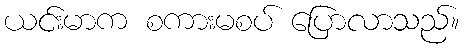
ယင်းမာက စကားမစပ် ပြောလာသည်။